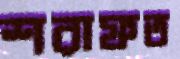
শরাফত